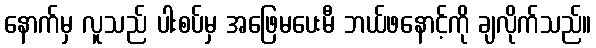
နောက်မှ လူသည် ပါးစပ်မှ အဖြေမပေးမီ ဘယ်ဖနောင့်ကို ချလိုက်သည်။